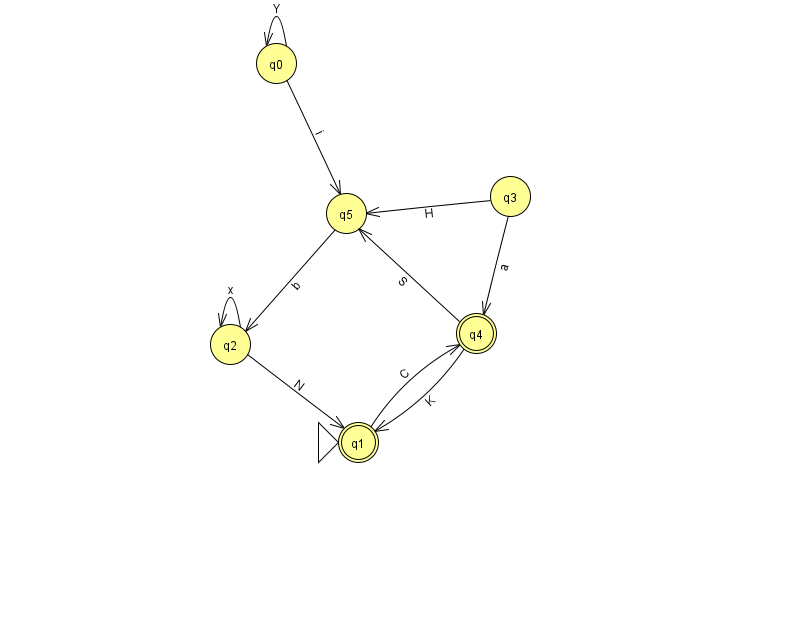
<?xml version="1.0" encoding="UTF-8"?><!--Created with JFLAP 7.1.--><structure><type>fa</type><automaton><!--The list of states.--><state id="0" name="q0"><x>276.0</x><y>50.0</y></state><state id="1" name="q1"><x>358.0</x><y>429.0</y><initial/><final/></state><state id="2" name="q2"><x>230.0</x><y>331.0</y></state><state id="3" name="q3"><x>510.0</x><y>183.0</y></state><state id="4" name="q4"><x>476.0</x><y>320.0</y><final/></state><state id="5" name="q5"><x>346.0</x><y>200.0</y></state><!--The list of transitions.--><transition><from>3</from><to>4</to><read>a</read></transition><transition><from>4</from><to>1</to><read>K</read></transition><transition><from>4</from><to>5</to><read>S</read></transition><transition><from>2</from><to>2</to><read>x</read></transition><transition><from>5</from><to>2</to><read>b</read></transition><transition><from>0</from><to>0</to><read>Y</read></transition><transition><from>0</from><to>5</to><read>i</read></transition><transition><from>2</from><to>1</to><read>N</read></transition><transition><from>3</from><to>5</to><read>H</read></transition><transition><from>1</from><to>4</to><read>C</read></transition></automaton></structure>